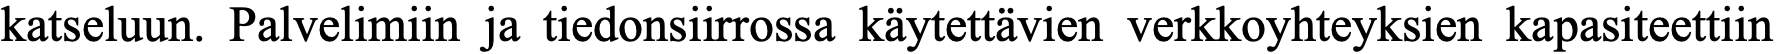
katseluun. Palvelimiin ja tiedonsiirrossa käytettävien verkkoyhteyksien kapasiteettiin